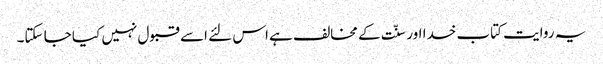
یہ روایت کتاب خدا اور سنّت کے مخالف ہے اس لئے اسے قبول نہیں کیا جا سکتا۔